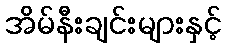
အိမ်နီးချင်းများနှင့်